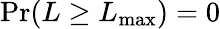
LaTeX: \operatorname*{Pr}(L\geq L_{\mathrm{max}})=0